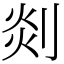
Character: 剡